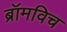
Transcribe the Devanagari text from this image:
ब्रॉमविच